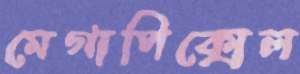
মেগাপিক্সেল